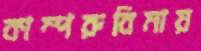
কাম্পরুবিমায়